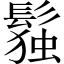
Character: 𬴭